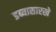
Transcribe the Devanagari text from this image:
डब्यासारखे